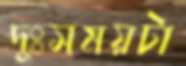
দুঃসময়টা